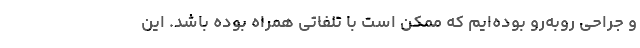
و جراحی روبه‌رو بوده‌ایم که ممکن است با تلفاتی همراه بوده باشد. این